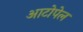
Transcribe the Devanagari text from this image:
आटोपेल